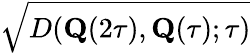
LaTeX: \sqrt{D(\mathbf{Q}(2\tau),\mathbf{Q}(\tau);\tau)}